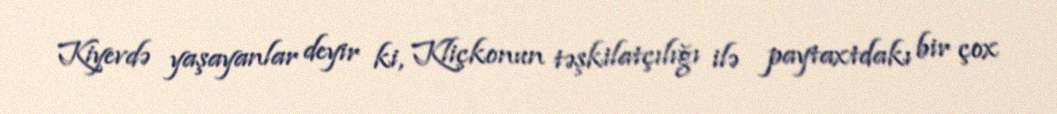
Kiyevdə yaşayanlar deyir ki, Kliçkonun təşkilatçılığı ilə paytaxtdakı bir çox